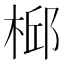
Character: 𣔆